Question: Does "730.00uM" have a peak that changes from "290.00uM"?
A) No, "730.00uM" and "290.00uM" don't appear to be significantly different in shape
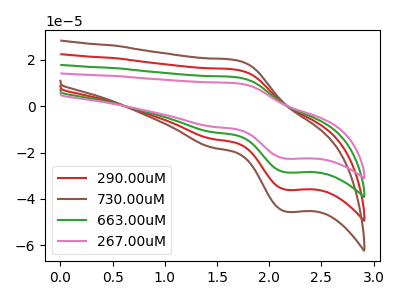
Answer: <think>The red curve "290.00uM" has an anodic peak at (1.70V, 24.80uA) and a cathodic peak at (2.15V, -57.20uA). The brown curve "730.00uM" has an anodic peak at (1.70V, 37.20uA) and a cathodic peak at (2.15V, -85.80uA). The green curve "663.00uM" has an anodic peak at (1.70V, 12.40uA) and a cathodic peak at (2.15V, -28.60uA). The pink curve "267.00uM" has an anodic peak at (1.70V, 9.80uA) and a cathodic peak at (2.15V, -22.65uA).
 All the peaks in "730.00uM" have a peak in "290.00uM" at the same potential. Every peak in "730.00uM" is higher than every peak in "290.00uM".</think>
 <answer>A) No, "730.00uM" and "290.00uM" don't appear to be significantly different in shape</answer>
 <eval>A</eval>